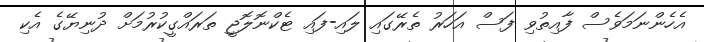
އެހެންނަމަވެސް ފާއިތުވި ފަސް އަހަރު ތެރޭގައި ލައި-ފައި ޓެކްނޮލޮޖީ ތަރައްގީކުރުމަށް ދުނިޔޭގެ އެކި